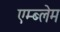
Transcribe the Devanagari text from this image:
एम्ब्लेम